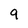
Character: 9